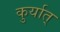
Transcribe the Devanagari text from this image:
कुर्यात्‌